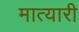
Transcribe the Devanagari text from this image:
मात्यारी